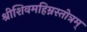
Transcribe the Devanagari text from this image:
श्रीशिवमहिम्नस्तोत्रम्